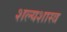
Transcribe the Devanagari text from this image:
शल्यशास्त्र